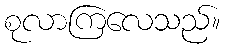
စုလာကြလေသည်။